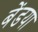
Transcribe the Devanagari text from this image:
बेंडया